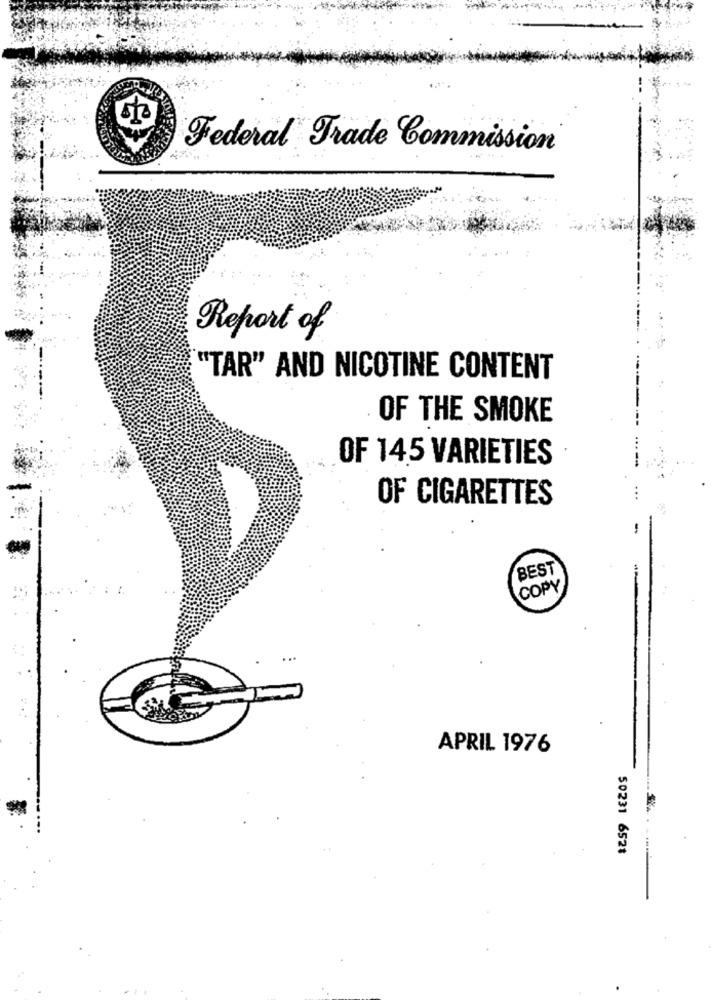
Federal Trade Commission
Report of
"TAR" AND NICOTINE CONTENT
OF THE SMOKE
OF 145 VARIETIES
OF CIGARETTES
BEST
COPY
APRIL 1976
50231 6528